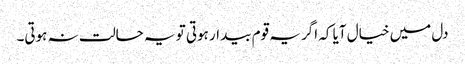
دل میں خیال آیا کہ اگر یہ قوم بیدار ہوتی تو یہ حالت نہ ہوتی۔